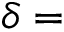
\delta =